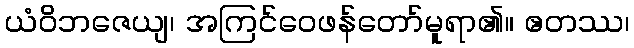
ယံဝိဘဇေယျ၊ အကြင်ဝေဖန်တော်မူရာ၏။ ဧတဿ၊